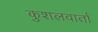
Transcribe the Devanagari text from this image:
कुशलवार्ता